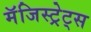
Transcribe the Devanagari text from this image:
मॅजिस्ट्रेट्स